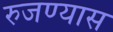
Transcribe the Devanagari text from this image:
रुजण्यास